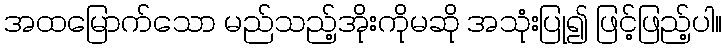
အထမြောက်သော မည်သည့်အိုးကိုမဆို အသုံးပြု၍ ဖြင့်ဖြည့်ပါ။